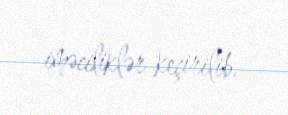
iməciliklər keçirilib.